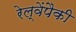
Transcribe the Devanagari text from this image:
रेल्वेंपैकी